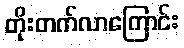
တိုးတက်လာကြောင်း